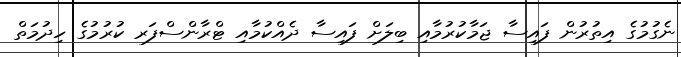
ނެގުމުގެ އިތުރުން ފައިސާ ޖަމާކުރުމާއި ބިލަށް ފައިސާ ދެއްކުމާއި ޓްރާންސްފަރ ކުރުމުގެ ހިދުމަތް